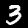
Label: 3